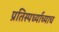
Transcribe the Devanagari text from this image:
प्रतिस्पर्ध्याच्याच